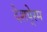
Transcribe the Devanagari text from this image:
देशपे्रम